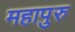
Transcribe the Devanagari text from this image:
महापुरु